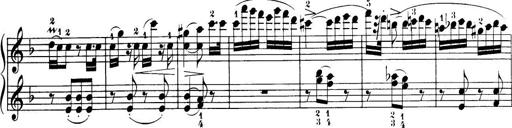
Title: 32 Sonatinas and Rondos for the Piano
Composer: Richard Kleinmichel